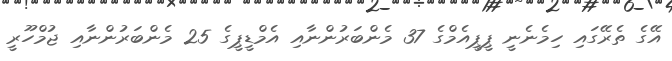
އޭގެ ތެރޭގައި ހިމެނެނީ ޕީޕީއެމްގެ 37 މެންބަރުންނާއި އެމްޑީޕީގެ 25 މެންބަރުންނާއި ޖުމްހޫރީ